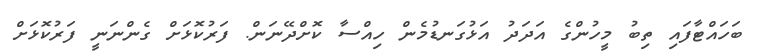
ބަހައްޓާފައި ތިބު މީހުންގެ އަދަދު އަޅުގަނޑުމެން ހިއްސާ ކޮށްދޭނަން. ފަރުކޮޅަށް ގެންނަނީ ފަރުކޮޅަށް